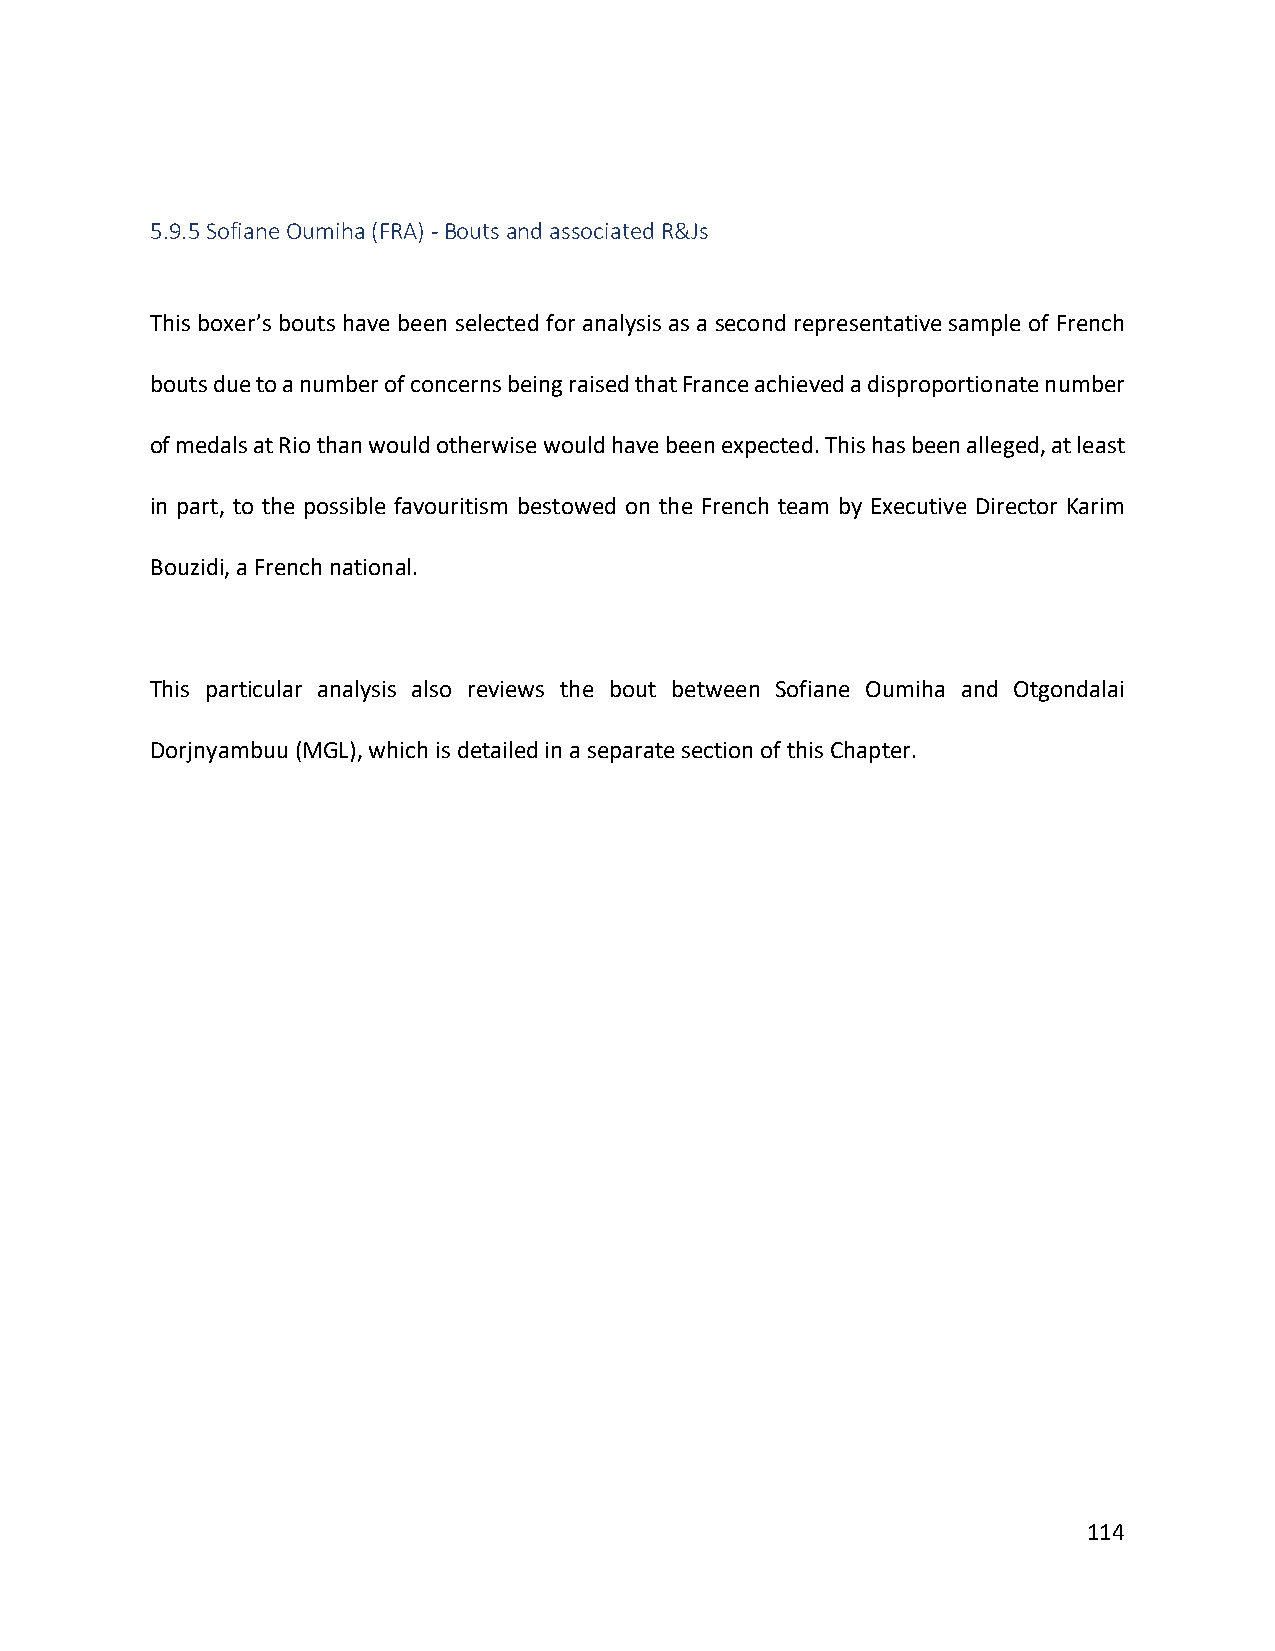
5.9.5 Sofiane Oumiha (FRA) - Bouts and associated R&Js
 This boxer’s bouts have been selected for analysis as a second representative sample of French
 bouts due to a number of concerns being raised that France achieved a disproportionate number
 of medals at Rio than would otherwise would have been expected. This has been alleged, at least
 in part, to the possible favouritism bestowed on the French team by Executive Director Karim
 Bouzidi, a French national.
 This particular analysis also reviews the bout between Sofiane Oumiha and Otgondalai
 Dorjnyambuu (MGL), which is detailed in a separate section of this Chapter.
 114